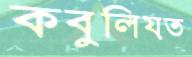
কবুলিয়ত